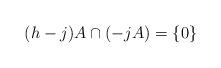
LaTeX: \begin{align*}(h-j)A \cap (-jA) = \{0\}\end{align*}